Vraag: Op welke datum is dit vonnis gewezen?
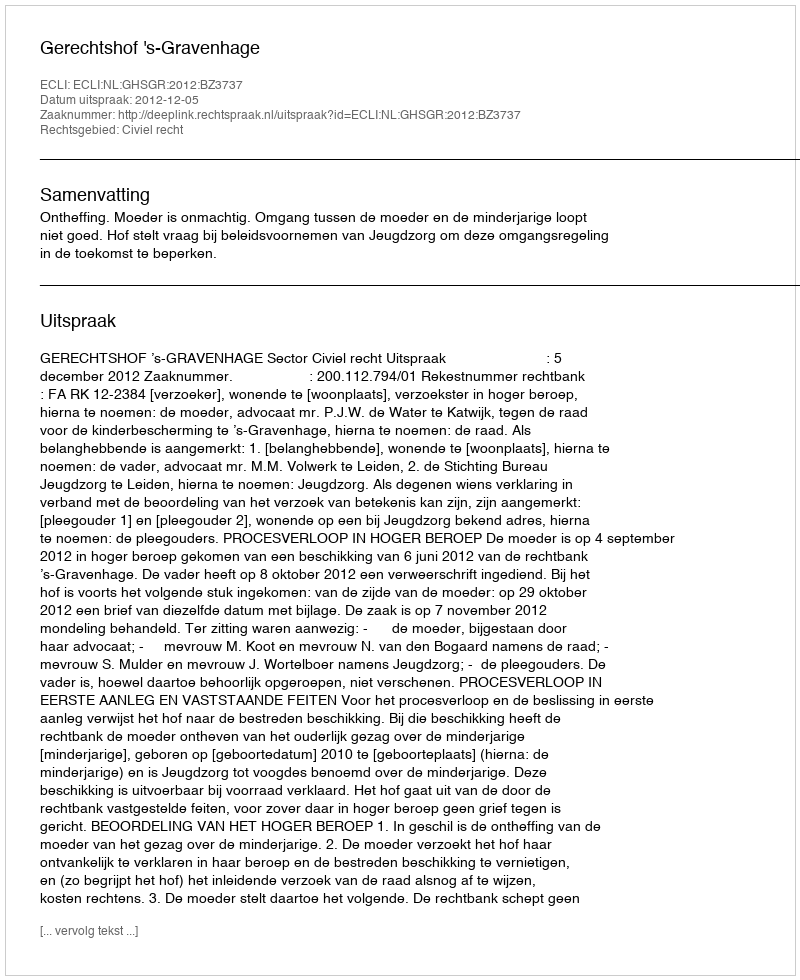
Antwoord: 2012-12-05